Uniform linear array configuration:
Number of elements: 32
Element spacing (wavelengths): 0.25
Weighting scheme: hamming
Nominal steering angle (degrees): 0
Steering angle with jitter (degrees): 0.7206
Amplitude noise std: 0.05
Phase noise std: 0.05

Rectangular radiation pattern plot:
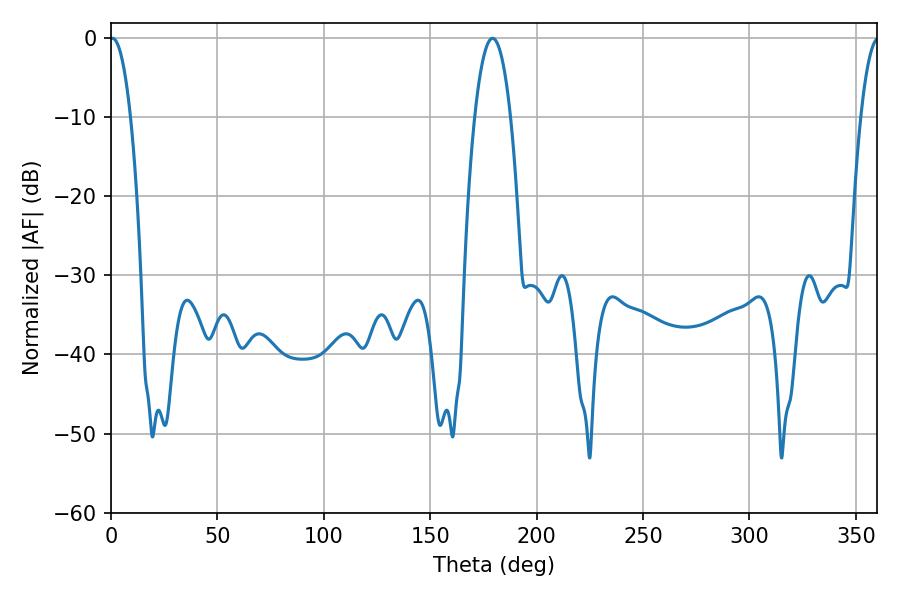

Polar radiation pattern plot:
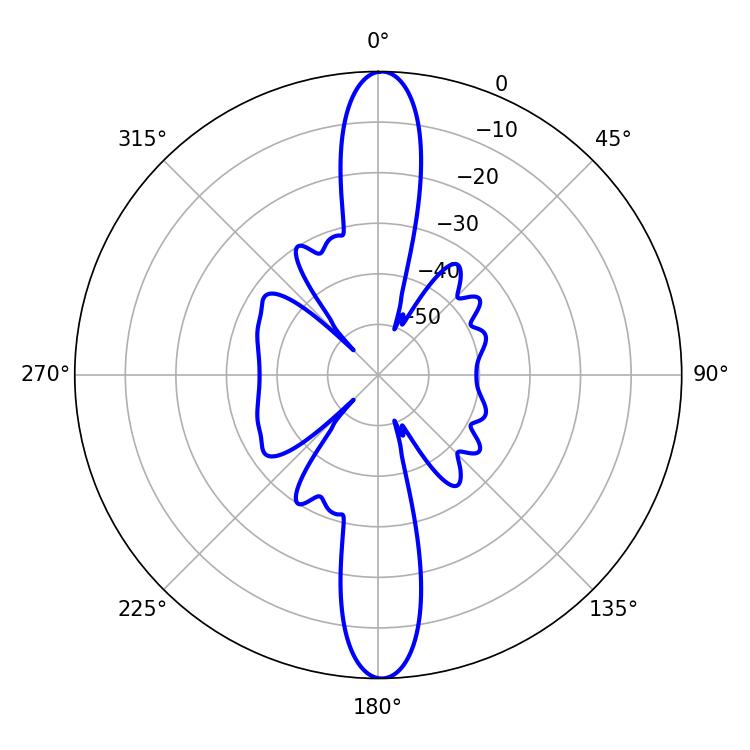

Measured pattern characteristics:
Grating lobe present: FALSE
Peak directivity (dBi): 27.063
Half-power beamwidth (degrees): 5.4
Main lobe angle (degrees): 0.72